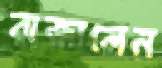
বাজালেন